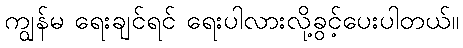
ကျွန်မ ရေးချင်ရင် ရေးပါလားလို့ခွင့်ပေးပါတယ်။